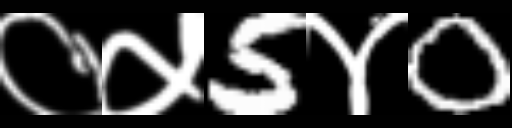
Text: ०५5४0